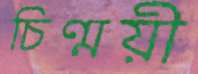
চিণ্ময়ী